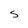
Character: S